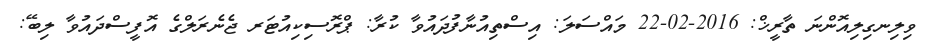
ވިލިނގިލިއޮންނަ ތާރީޚް: 2016-02-22 މައްސަލަ: އިސްތިއުނާފުދައުވާ ކުރާ: ޕްރޮސިކިއުޓަރ ޖެނެރަލްގެ އޮފީސްދައުވާ ލިބޭ: